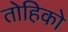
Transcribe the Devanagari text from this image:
तोहिको